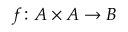
f \colon A \times A \to B